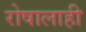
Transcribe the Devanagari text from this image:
रोषालाही